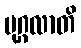
ပုဂ္ဂလာတိ